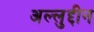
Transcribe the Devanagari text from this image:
अल्लुद्दीन